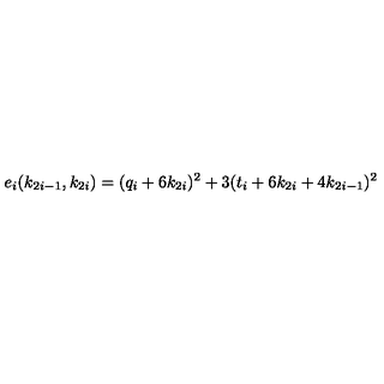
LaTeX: e _ { i } ( k _ { 2 i - 1 } , k _ { 2 i } ) = ( q _ { i } + 6 k _ { 2 i } ) ^ { 2 } + 3 ( t _ { i } + 6 k _ { 2 i } + 4 k _ { 2 i - 1 } ) ^ { 2 }